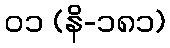
၀၁ (နိ-၁၈၁)